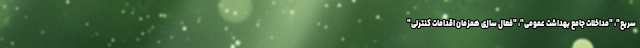
سریع"، "مداخلات جامع بهداشت عمومی"، "فعال سازی همزمان اقدامات کنترلی"